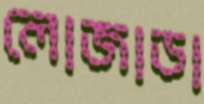
লোজাডা